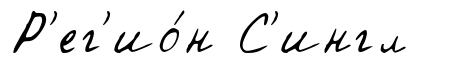
Р'ег'ио́н С'ингл